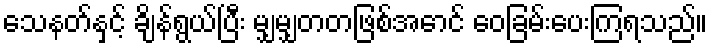
သေနတ်နှင့် ချိန်ရွယ်ပြီး မျှမျှတတဖြစ်အောင် ဝေခြမ်းပေးကြရသည်။